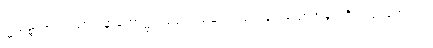
မြတ်စွာဘုရားသာသနာတော်၌။ ယုတ္တံဝါသမယံ၊ သင့်မြတ်သောအခွင့်ကိုလည်းကောင်း။